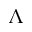
\Lambda